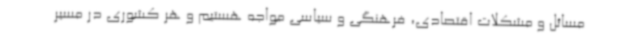
مسائل و مشکلات اقتصادی، فرهنگی و سیاسی مواجه هستیم و هر کشوری در مسیر